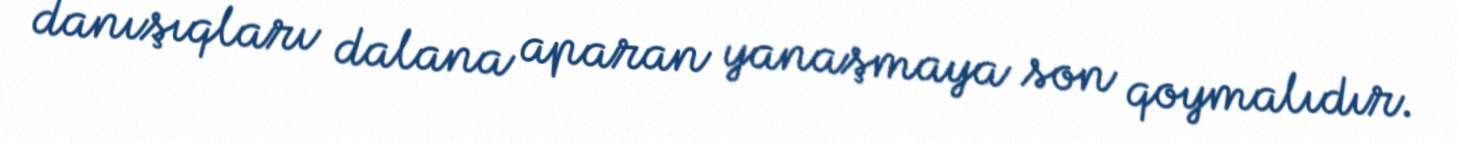
danışıqları dalana aparan yanaşmaya son qoymalıdır.